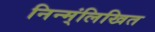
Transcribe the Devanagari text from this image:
निन्म्ंलिखित